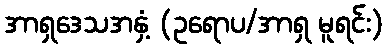
အာရှဒေသအနှံ့ (ဥရောပ/အာရှ မူရင်း)